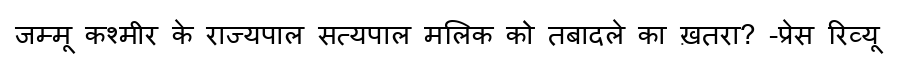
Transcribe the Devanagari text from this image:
जम्मू कश्मीर के राज्यपाल सत्यपाल मलिक को तबादले का ख़तरा? -प्रेस रिव्यू